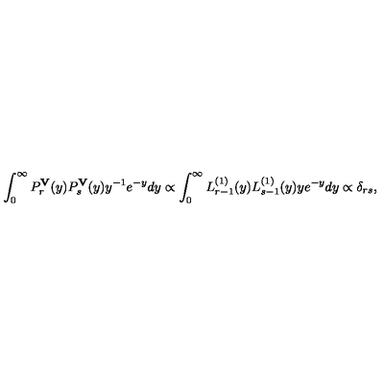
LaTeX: \int _ { 0 } ^ { \infty } P _ { r } ^ { \bf V } ( y ) P _ { s } ^ { \bf V } ( y ) y ^ { - 1 } e ^ { - y } d y \propto \int _ { 0 } ^ { \infty } L _ { r - 1 } ^ { ( 1 ) } ( y ) L _ { s - 1 } ^ { ( 1 ) } ( y ) y e ^ { - y } d y \propto \delta _ { r s } ,